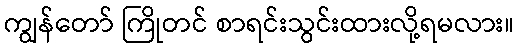
ကျွန်တော် ကြိုတင် စာရင်းသွင်းထားလို့ရမလား။